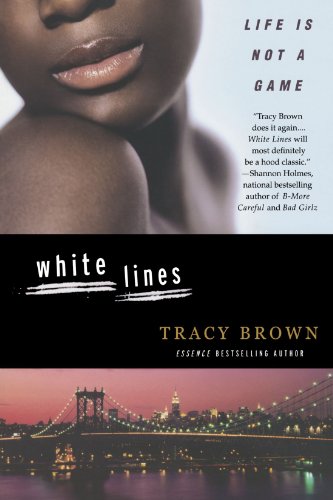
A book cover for White Lines; Tracy Brown; Literature & Fiction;